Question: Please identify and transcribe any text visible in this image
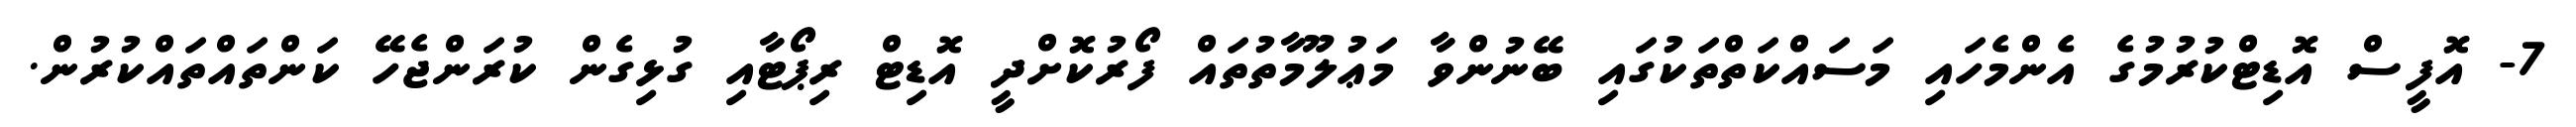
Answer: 7- އޮފީސް އޮޑިޓްކުރުމުގެ އެންމެހައި މަސައްކަތްތަކުގައި ބޭނުންވާ މަޢުލޫމާތުތައް ފޯރުކޮށްދީ އޮޑިޓް ރިޕޯޓާއި ގުޅިގެން ކުރަންޖެހޭ ކަންތައްތައްކުރުން.